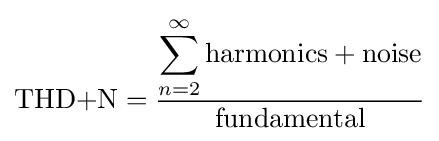
{\text{THD+N}}={\frac {\displaystyle \sum _{n=2}^{\infty }{\text{harmonics}}+{\text{noise}}}{\text{fundamental}}}